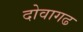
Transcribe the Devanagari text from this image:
दोवागढ